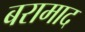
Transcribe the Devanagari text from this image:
बरामाद